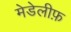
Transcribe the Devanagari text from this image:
मेडेलीफ़